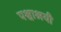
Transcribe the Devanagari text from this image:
पश्वाश्रयी